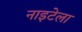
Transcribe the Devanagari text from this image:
नाइटेला